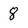
Character: 8